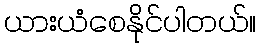
ယားယံစေနိုင်ပါတယ်။